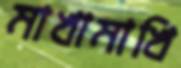
মাখামাখি